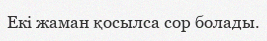
Екі жаман қосылса сор болады.